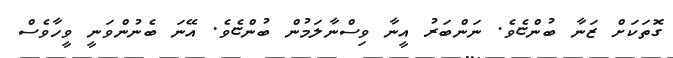
ގޮތަކަށް ޒަނާ ބުންޏެވެ. ނަންބަރު އީނާ ވިސްނާލަމުން ބުންޏެވެ. އޭނަ ބެނުންވަނީ ވީހާވެސް